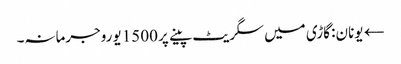
← یونان: گاڑی میں سگریٹ پینے پر 1500 یوروجرمانہ۔